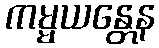
ကမ္မယန္တေန